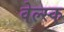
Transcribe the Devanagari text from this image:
वेल्स्क